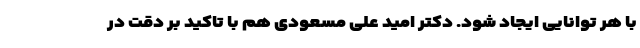
با هر توانایی ایجاد شود. دکتر امید علی مسعودی هم با تاکید بر دقت در